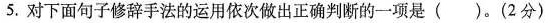
5.对下面句子修辞手法的运用依次做出正确判断的一项是()。(2分)